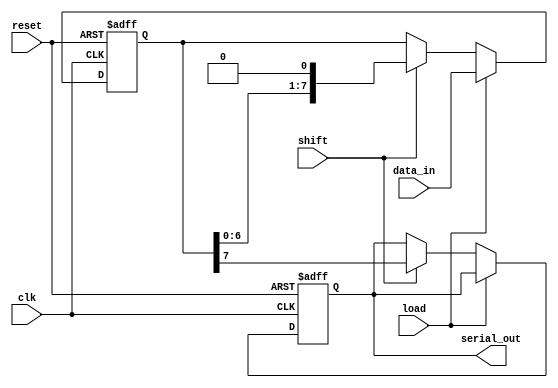
module dynamic_piso_register #(parameter N = 8) (
    input wire [N-1:0] data_in,   // Parallel data input
    input wire load,               // Load control signal
    input wire shift,              // Shift control signal
    input wire clk,                // Clock signal
    input wire reset,              // Asynchronous reset signal
    output reg serial_out          // Serial output
);

    // Internal storage for the PISO register
    reg [N-1:0] storage;

    // Asynchronous reset
    always @(posedge clk or posedge reset) begin
        if (reset) begin
            storage <= {N{1'b0}}; // Clear the register
            serial_out <= 1'b0;   // Clear serial output
        end else if (load) begin
            storage <= data_in;   // Load data into storage
        end else if (shift) begin
            serial_out <= storage[N-1]; // Output MSB
            storage <= {storage[N-2:0], 1'b0}; // Shift left
        end
    end

endmodule